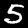
Label: 5